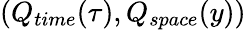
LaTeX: (Q_{time}(\tau),Q_{space}(y))